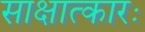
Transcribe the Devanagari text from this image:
साक्षात्कारः